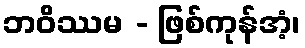
ဘဝိဿမ - ဖြစ်ကုန်အံ့၊